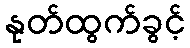
နုတ်ထွက်ခွင့်